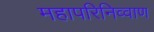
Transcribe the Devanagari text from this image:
महापरिनिव्वाण